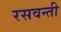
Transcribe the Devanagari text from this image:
रसवन्ती